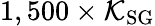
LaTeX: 1,500\times\mathcal{K}_{\mathrm{{SG}}}